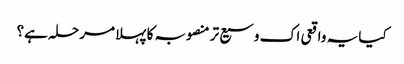
کیا یہ واقعی اک وسیع تر منصوبہ کا پہلا مرحلہ ہے؟